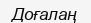
Доғалаң